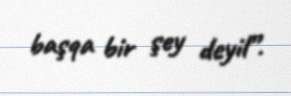
başqa bir şey deyil”.